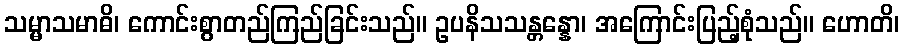
သမ္မာသမာဓိ၊ ကောင်းစွာတည်ကြည်ခြင်းသည်။ ဥပနိသသန္တန္နော၊ အကြောင်းပြည့်စုံသည်။ ဟောတိ၊